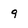
Character: 9